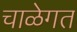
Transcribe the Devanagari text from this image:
चाळेगत